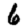
Digit: 6